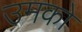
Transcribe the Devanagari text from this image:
उमको